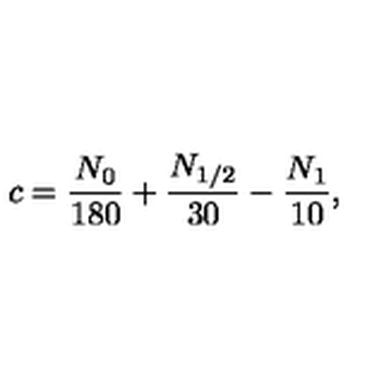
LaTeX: c = \frac { N _ { 0 } } { 1 8 0 } + \frac { N _ { 1 / 2 } } { 3 0 } - \frac { N _ { 1 } } { 1 0 } ,